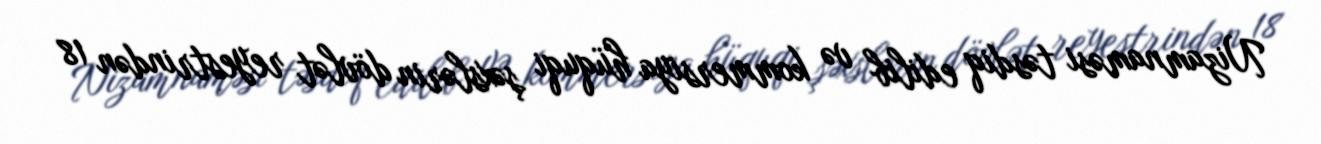
Nizamnaməsi təsdiq edilib və kommersiya hüquqi şəxslərin dövlət reyestrindən 18